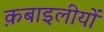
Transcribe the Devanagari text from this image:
क़बाइलीयों